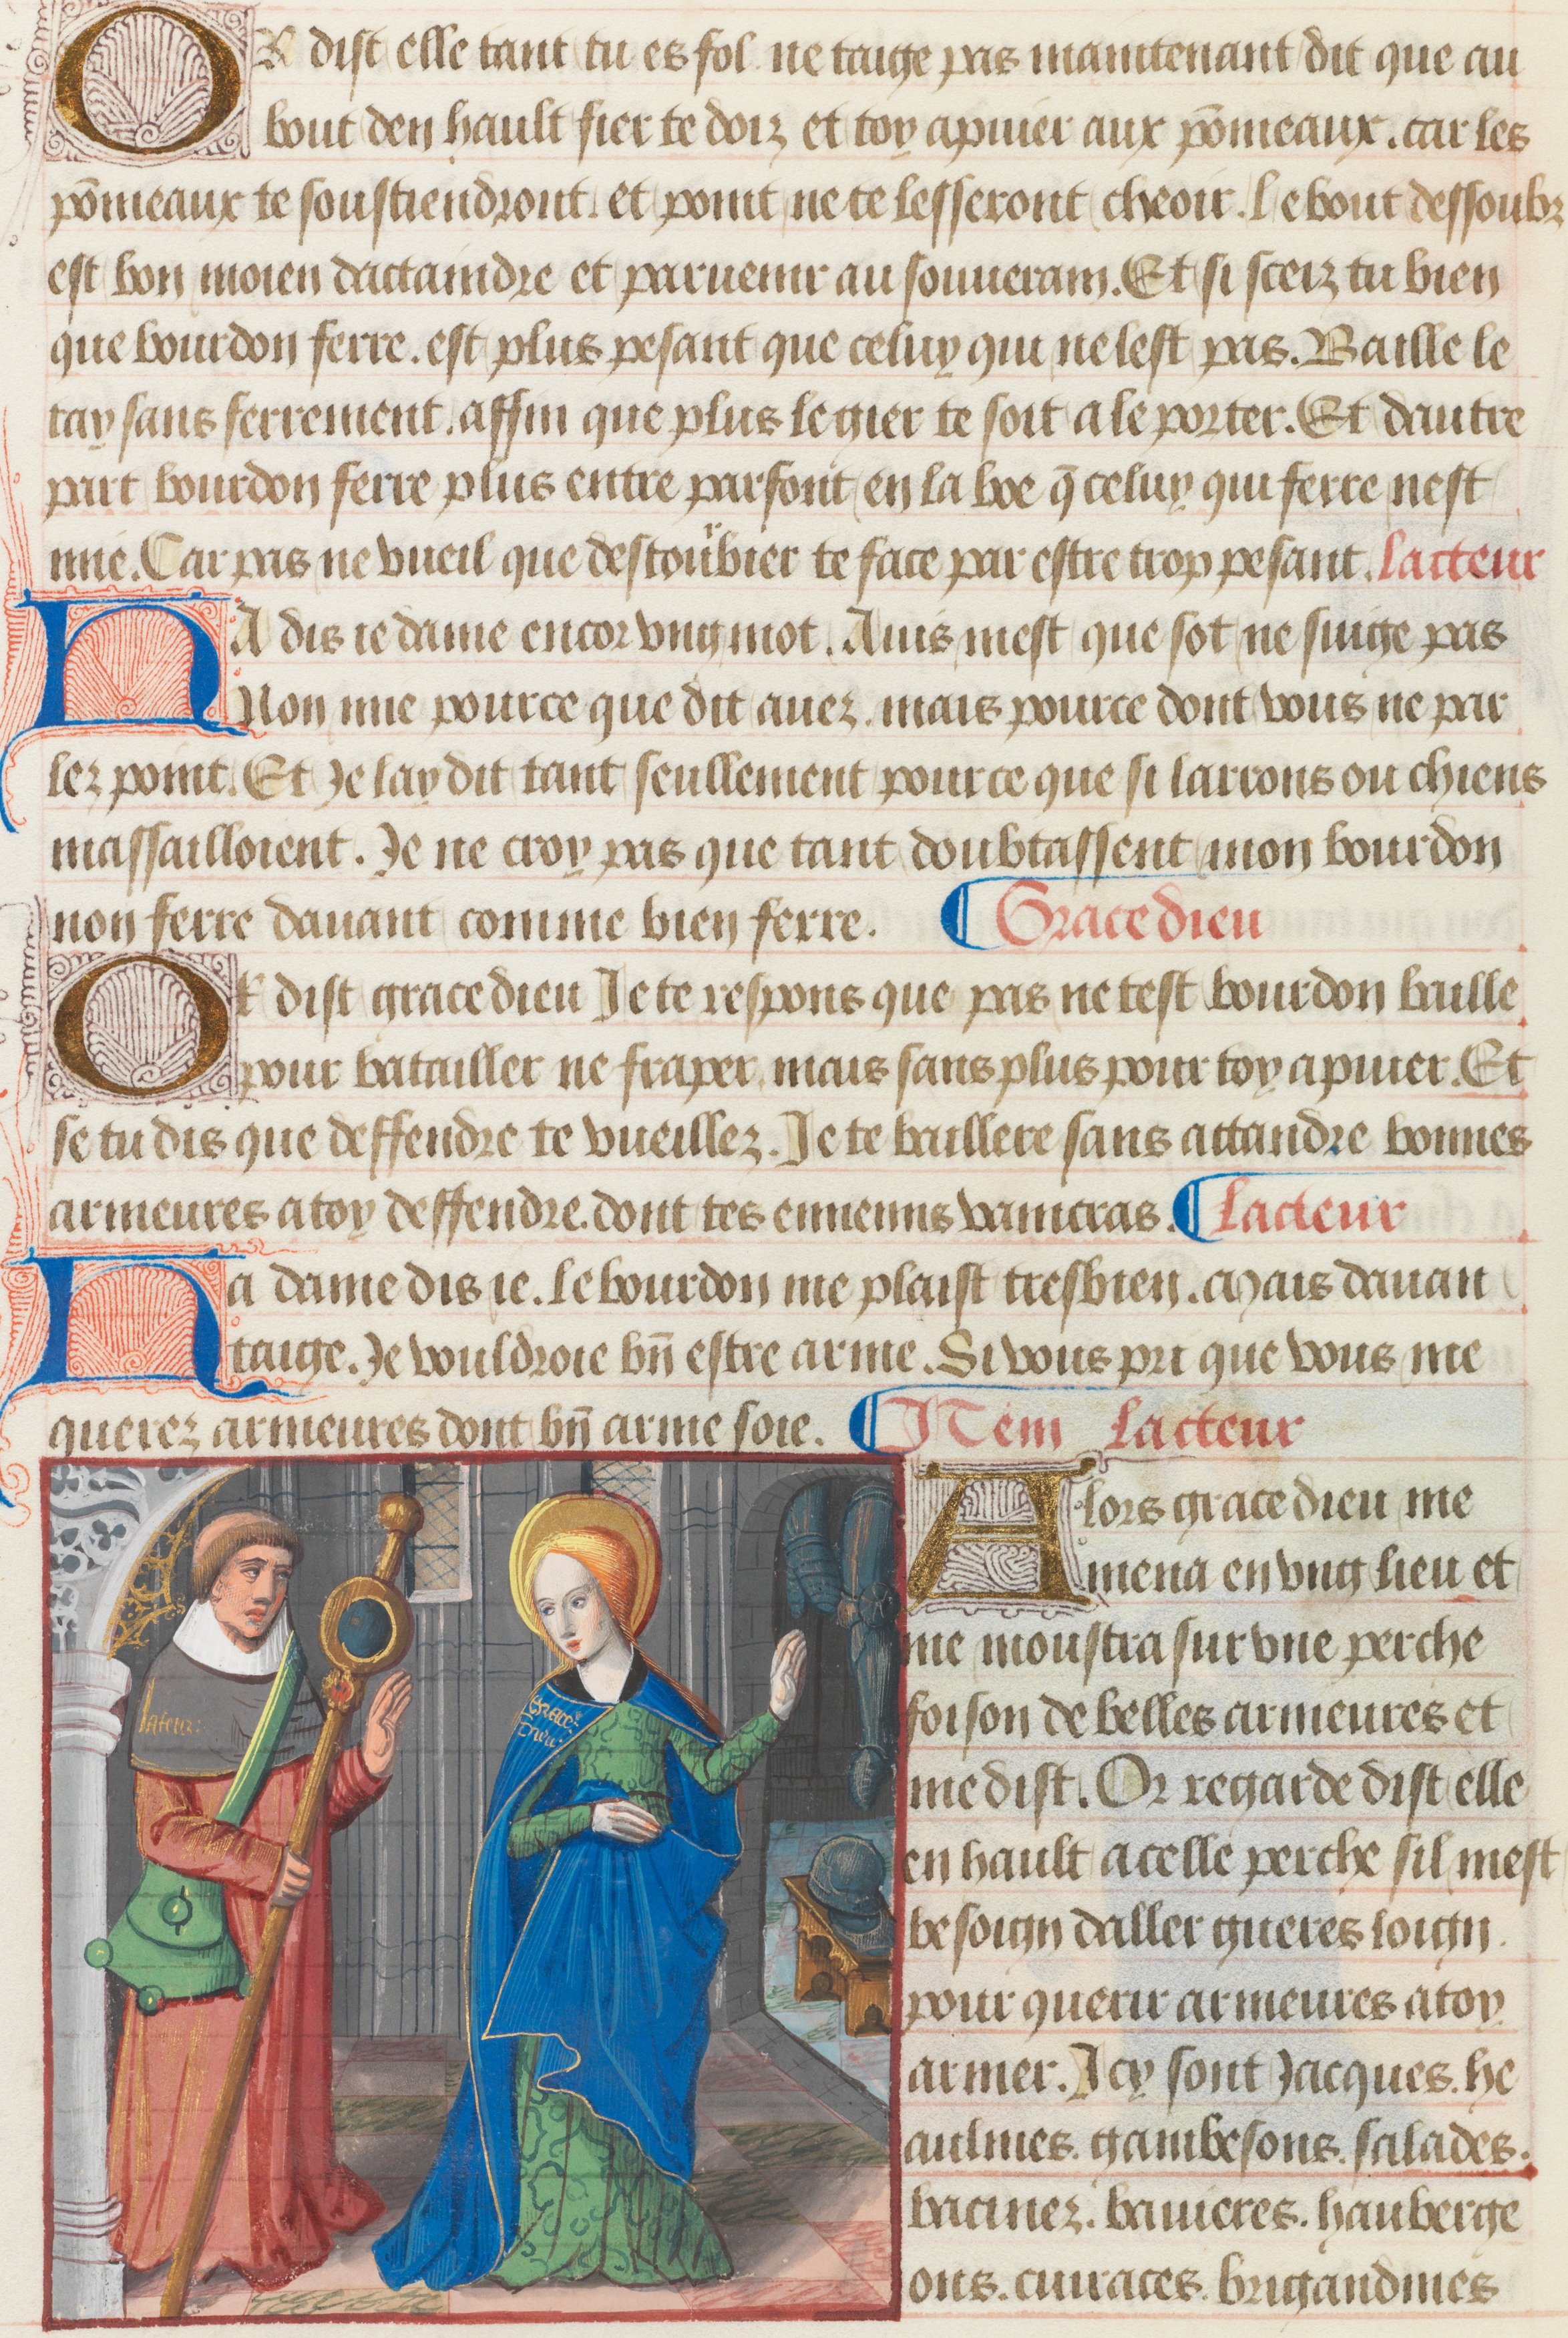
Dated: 1475–1499